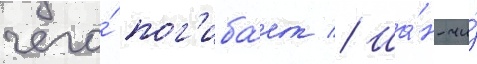
чего́ пог'иба́ет // Ша́н-чи́